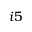
i 5